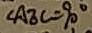
\Delta A E C = 9 0 ^ { \circ }